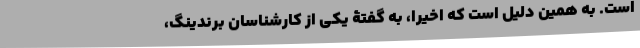
است. به همین دلیل است که اخیراً، به گفتۀ یکی از کارشناسان برندینگ،